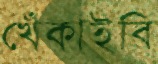
খেঁকাইবি